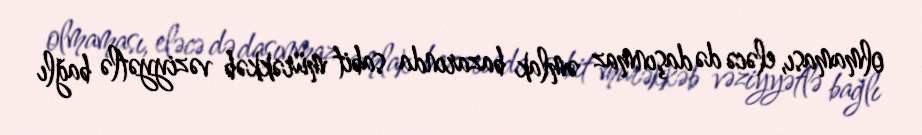
olmaması, eləcə də daşınmaz əmlak bazarında sabit mürəkkəb vəziyyətlə bağlı